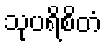
သုပရိစိတံ